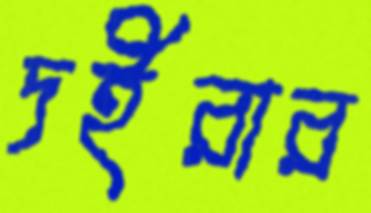
দইরার